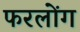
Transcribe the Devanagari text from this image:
फरलोंग